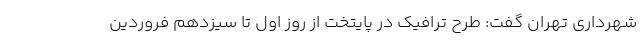
شهرداری تهران گفت: طرح ترافیک در پایتخت از روز اول تا سیزدهم فروردین